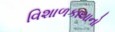
વિશાળકાયાનો